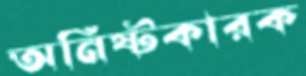
অনিষ্টকারক